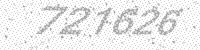
Solution: 721626